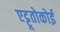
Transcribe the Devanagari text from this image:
एट्टूतोकोई